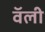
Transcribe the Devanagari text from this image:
वॅली